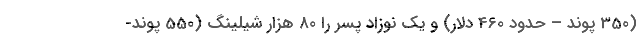
(350 پوند – حدود 460 دلار) و یک نوزاد پسر را 80 هزار شیلینگ (550 پوند-